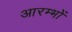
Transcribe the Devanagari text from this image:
आरम्भों